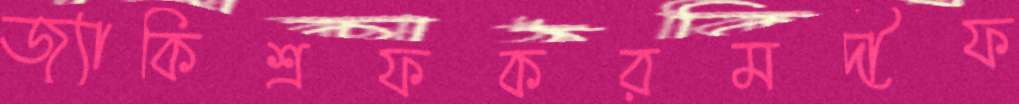
জ্যাকিশ্রফকরমদীফ